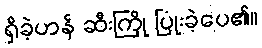
ရှိခဲ့ဟန် ဆီးကြို ပြုံးခဲ့ပေ၏။